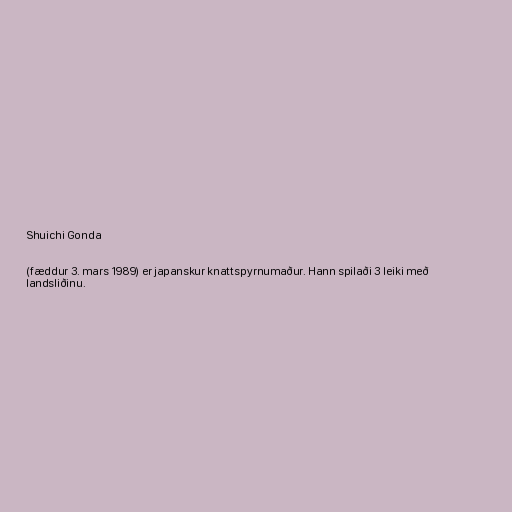
Shuichi Gonda

(fæddur 3. mars 1989) er japanskur knattspyrnumaður. Hann spilaði 3 leiki með
landsliðinu.